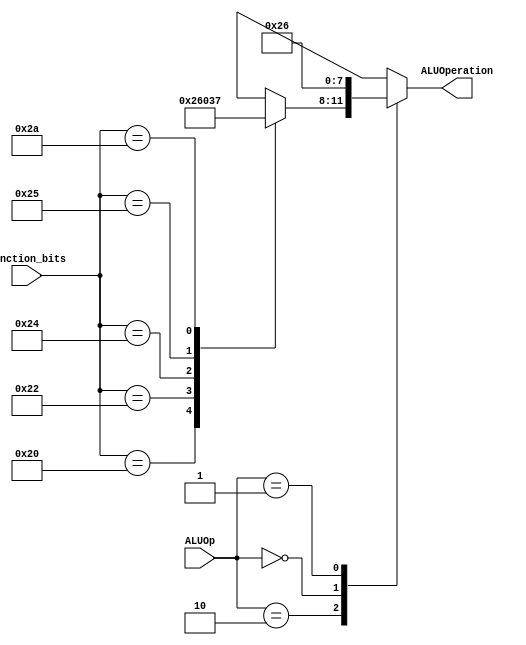
`timescale 1ns / 1ps
//////////////////////////////////////////////////////////////////////////////////
// Company: 
// Engineer: 
// 
// Design Name: 
// Module Name:    ALUC 
// Project Name: 
// Target Devices: 
// Tool versions: 
// Description: 
//
// Dependencies: 
//
// Revision: 
// Revision 0.01 - File Created
// Additional Comments: 
//
//////////////////////////////////////////////////////////////////////////////////
module ALU_Control(
    input [1:0] ALUOp,
    input [5:0] function_bits,
    output reg [3:0] ALUOperation
);

always @(ALUOp or function_bits) begin
    case(ALUOp)
        2'b10: begin // R-type instructions
            case(function_bits)
                6'b100000: ALUOperation <= 4'b0010; // ADD
                6'b100010: ALUOperation <= 4'b0110; // SUB
                6'b100100: ALUOperation <= 4'b0000; // MUL
                6'b100101: ALUOperation <= 4'b0011; // OR
                6'b101010: ALUOperation <= 4'b0111; // SLT (Set on Less Than)
                default: ALUOperation <= 4'bxxxx; // Undefined
            endcase
        end
        2'b00: ALUOperation <= 4'b0010; // LW, SW, ADDI (for I-type instructions)
        2'b01: ALUOperation <= 4'b0110; // BEQ, BNE (for branches)
        default: ALUOperation <= 4'bxxxx; // Undefined for other cases
    endcase
end

endmodule